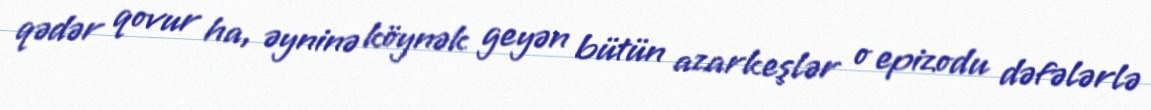
qədər qovur ha, əyninə köynək geyən bütün azarkeşlər o epizodu dəfələrlə